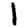
Digit: 1